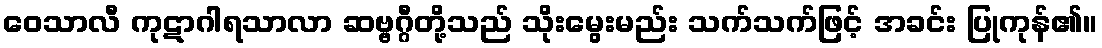
ဝေသာလီ ကုဋာဂါရသာလာ ဆဗ္ဗဂ္ဂီတို့သည် သိုးမွေးမည်း သက်သက်ဖြင့် အခင်း ပြုကုန်၏။